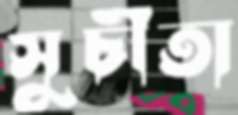
সুচীতা